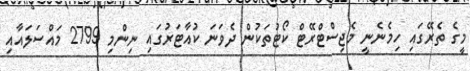
މީގެ ތެރޭގައި ހިމެނެނީ މެޖިސްޓްރޭޓް ކޯޓުތަކުން ދެވަނަ ކުއާޓަރުގައި ނިންމި 2799 މައްސަލައާއި